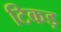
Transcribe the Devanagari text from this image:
टिकड़